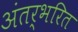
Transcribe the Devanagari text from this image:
अंतर्भरित